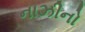
નાઝીનો